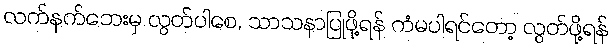
လက်နက်ဘေးမှ လွတ်ပါစေ, သာသနာပြုဖို့ရန် ကံမပါရင်တော့ လွတ်ဖို့ရန်